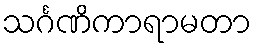
သင်္ဂဏိကာရာမတာ